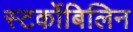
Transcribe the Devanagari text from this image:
स्‍टर्कोबिलिन